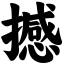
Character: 撼